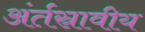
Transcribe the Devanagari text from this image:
अंर्तस्रावीय